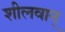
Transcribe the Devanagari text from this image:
शीलवान्